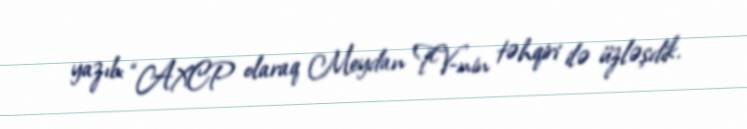
yazıb: “AXCP olaraq Meydan TV-nin təhqiri ilə üzləşdik.